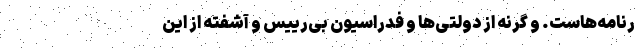
رنامه‌هاست. و گرنه از دولتی‌ها و فدراسیونِ بی‌رییس و آشفته از این